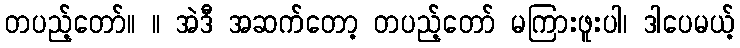
တပည့်တော်။ ။ အဲဒီ အဆက်တော့ တပည့်တော် မကြားဖူးပါ၊ ဒါပေမယ့်